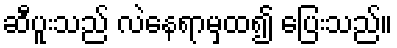
ဆီပူးသည် လဲနေရာမှထ၍ ပြေးသည်။